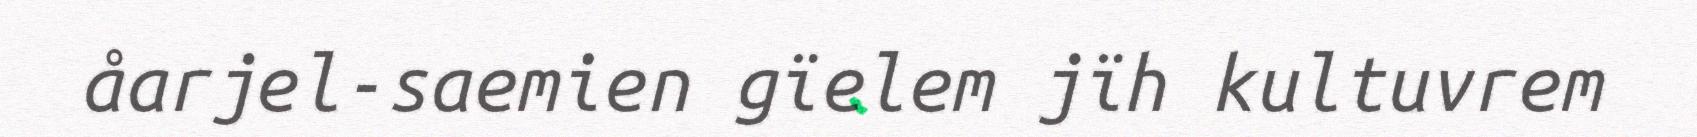
åarjel-saemien gïelem jïh kultuvrem